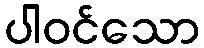
ပါဝင်သော